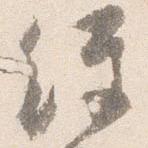
経